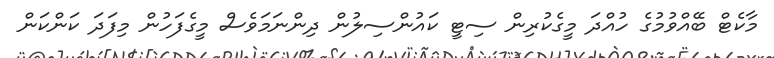
މާކެޓް ބޭއްވުމުގެ ހުއްދަ މީގެކުރިން ސިޓީ ކައުންސިލުން ދިންނަމަވެސް މީގެފަހުން މިފަދަ ކަންކަން